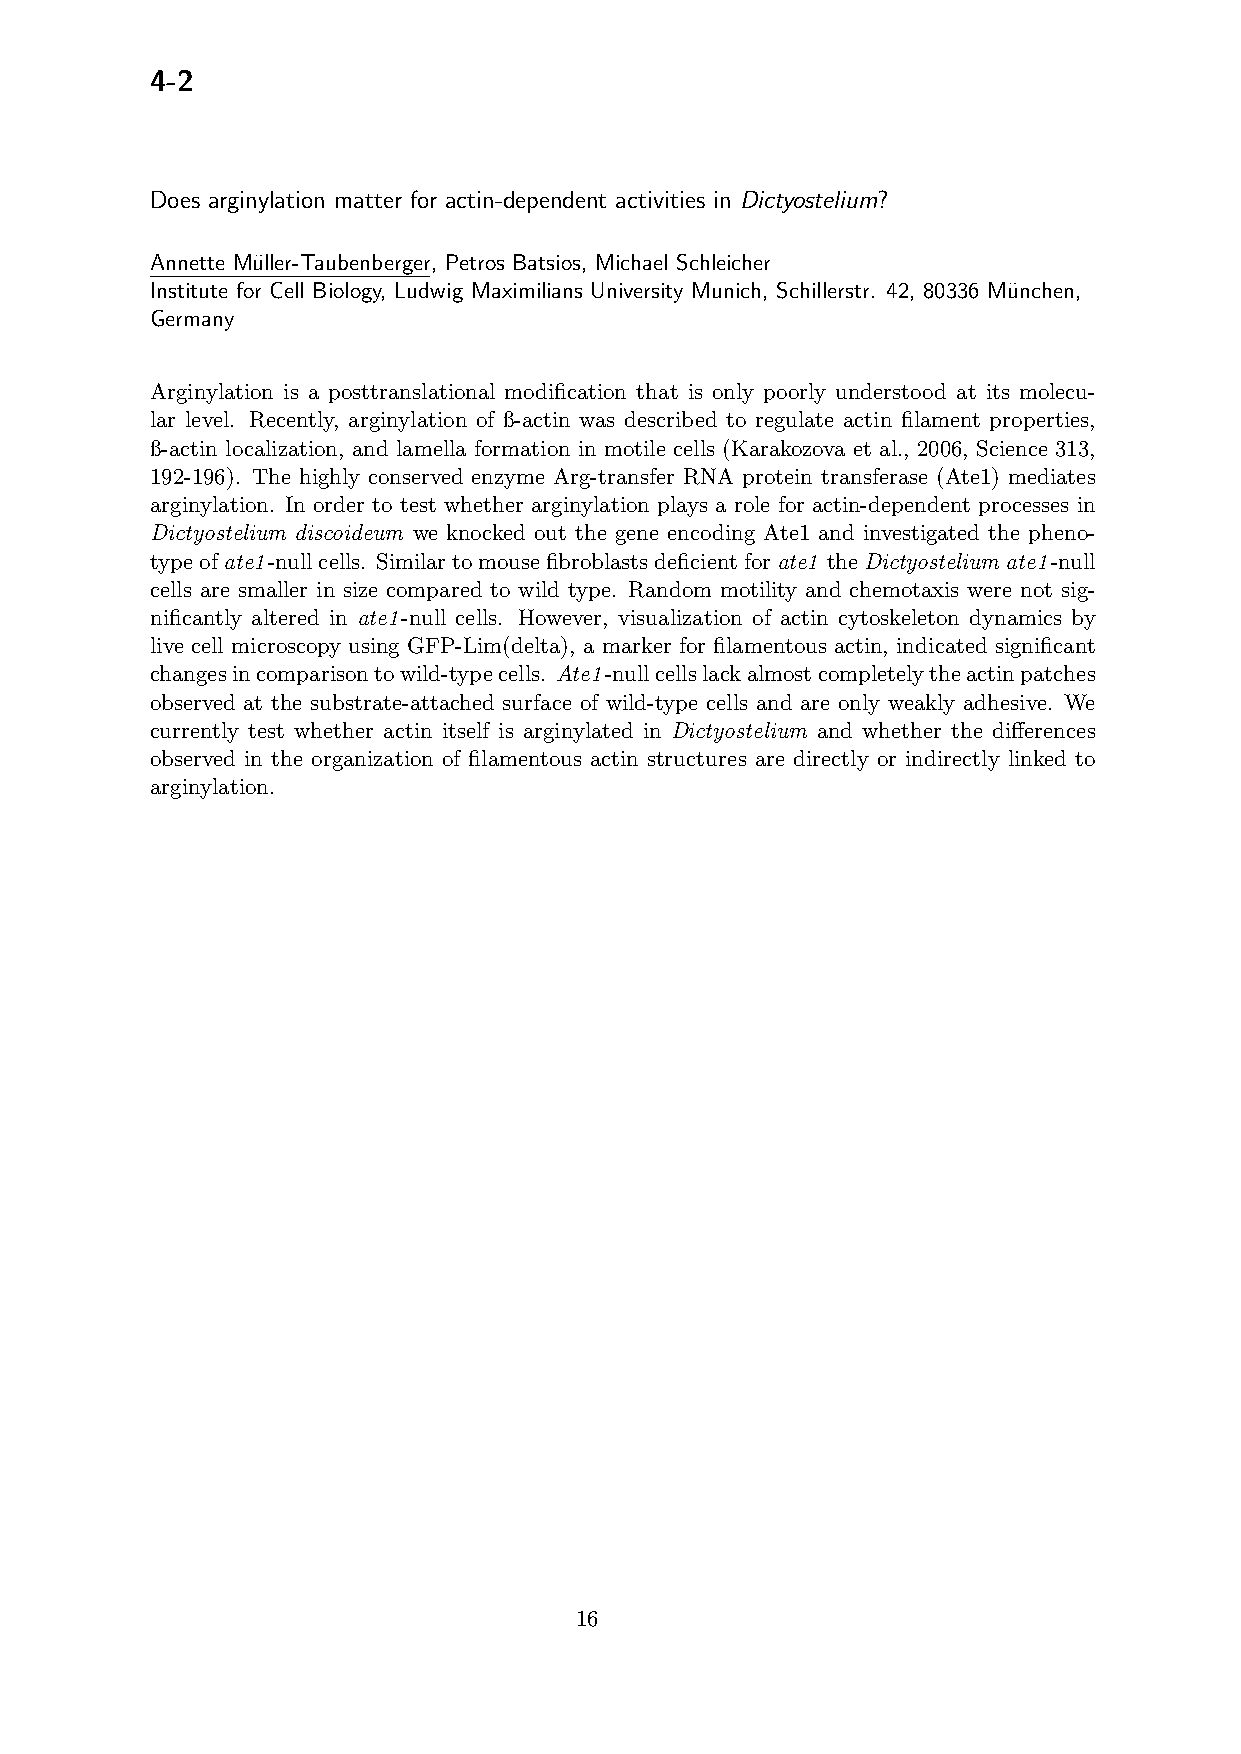
4-2
 Does arginylation matter for actin-dependent activities in Dictyostelium?
 Annette Mu¨ller-Taubenberger, Petros Batsios, Michael Schleicher
 Institute for Cell Biology, Ludwig Maximilians University Munich, Schillerstr. 42, 80336 Mu¨nchen,
 Germany
 Arginylation is a posttranslational modification that is only poorly understood at its molecu-
 lar level. Recently, arginylation of ß-actin was described to regulate actin filament properties,
 ß-actin localization, and lamella formation in motile cells (Karakozova et al., 2006, Science 313,
 192-196). The highly conserved enzyme Arg-transfer RNA protein transferase (Ate1) mediates
 arginylation. In order to test whether arginylation plays a role for actin-dependent processes in
 Dictyostelium discoideum we knocked out the gene encoding Ate1 and investigated the pheno-
 typeofate1-nullcells. Similartomousefibroblastsdeficientforate1 theDictyostelium ate1-null
 cells are smaller in size compared to wild type. Random motility and chemotaxis were not sig-
 nificantly altered in ate1-null cells. However, visualization of actin cytoskeleton dynamics by
 live cell microscopy using GFP-Lim(delta), a marker for filamentous actin, indicated significant
 changesincomparisontowild-typecells. Ate1-nullcellslackalmostcompletelytheactinpatches
 observed at the substrate-attached surface of wild-type cells and are only weakly adhesive. We
 currently test whether actin itself is arginylated in Dictyostelium and whether the differences
 observed in the organization of filamentous actin structures are directly or indirectly linked to
 arginylation.
 16